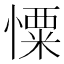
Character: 憟